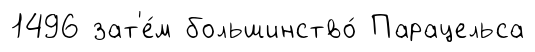
1496 зат'е́м большинство́ Парацельса